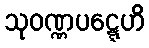
သုဝဏ္ဏပဋ္ဋေဟိ